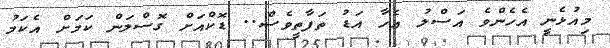
މިއުޅެނީ އެހެންވެ އަސްލު އެހާ އަޑު ތަފާތީވެސް.. ޑޮކްއަށް ގޮސްލަން ކަމަށް އެކަމު